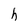
Character: h